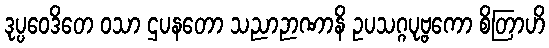
ဒုပ္ပဝေဒိတေ ဝသာ ဌပနတော သညာဉာဏာနိ ဥပသဂ္ဂပုဗ္ဗကော စိတြာဟိ